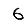
Digit: 6